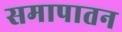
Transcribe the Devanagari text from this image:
समापातन